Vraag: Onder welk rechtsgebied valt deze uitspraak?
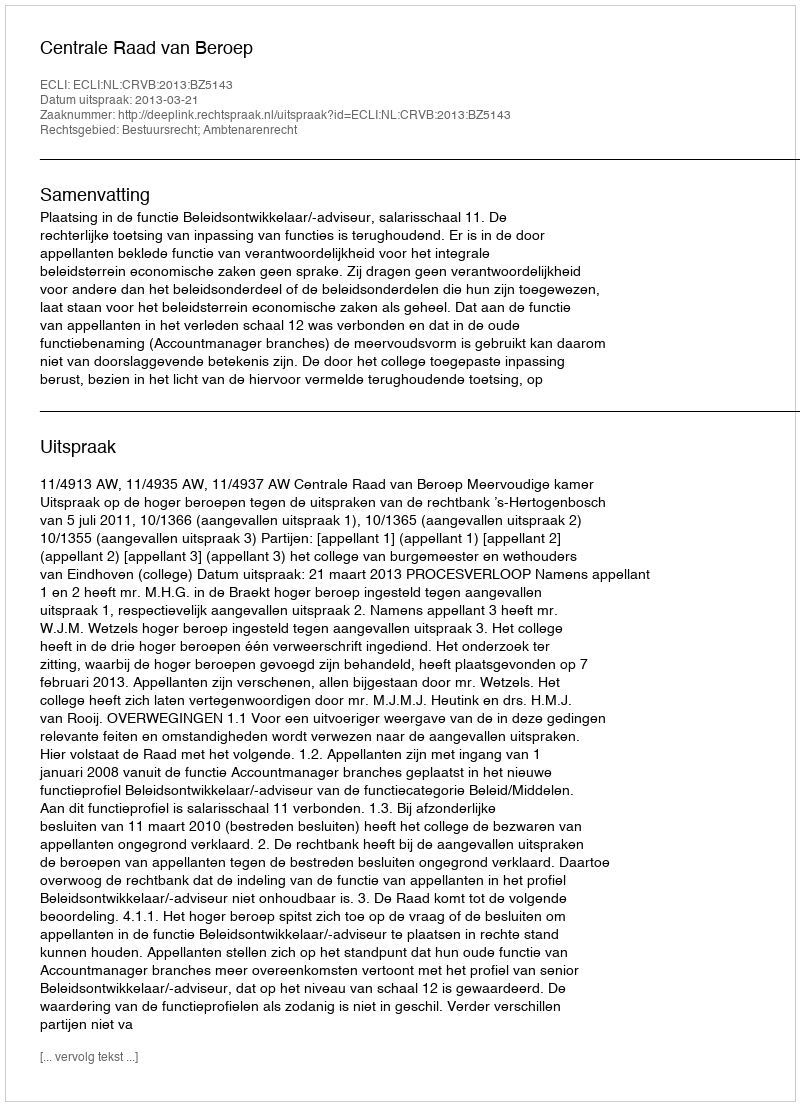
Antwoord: Bestuursrecht; Ambtenarenrecht